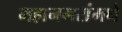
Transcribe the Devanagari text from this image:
महानगरांमधे